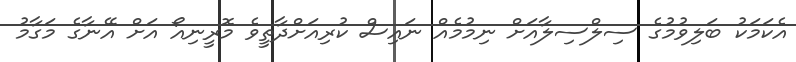
އެކަމަކު ބަލިވުމުގެ ސިލްސިލާއަށް ނިމުމެއް ނައިސް ކުރިއަށްދާތީވެ މޮރީނިއޯ އަށް އޭނާގެ މަގާމު